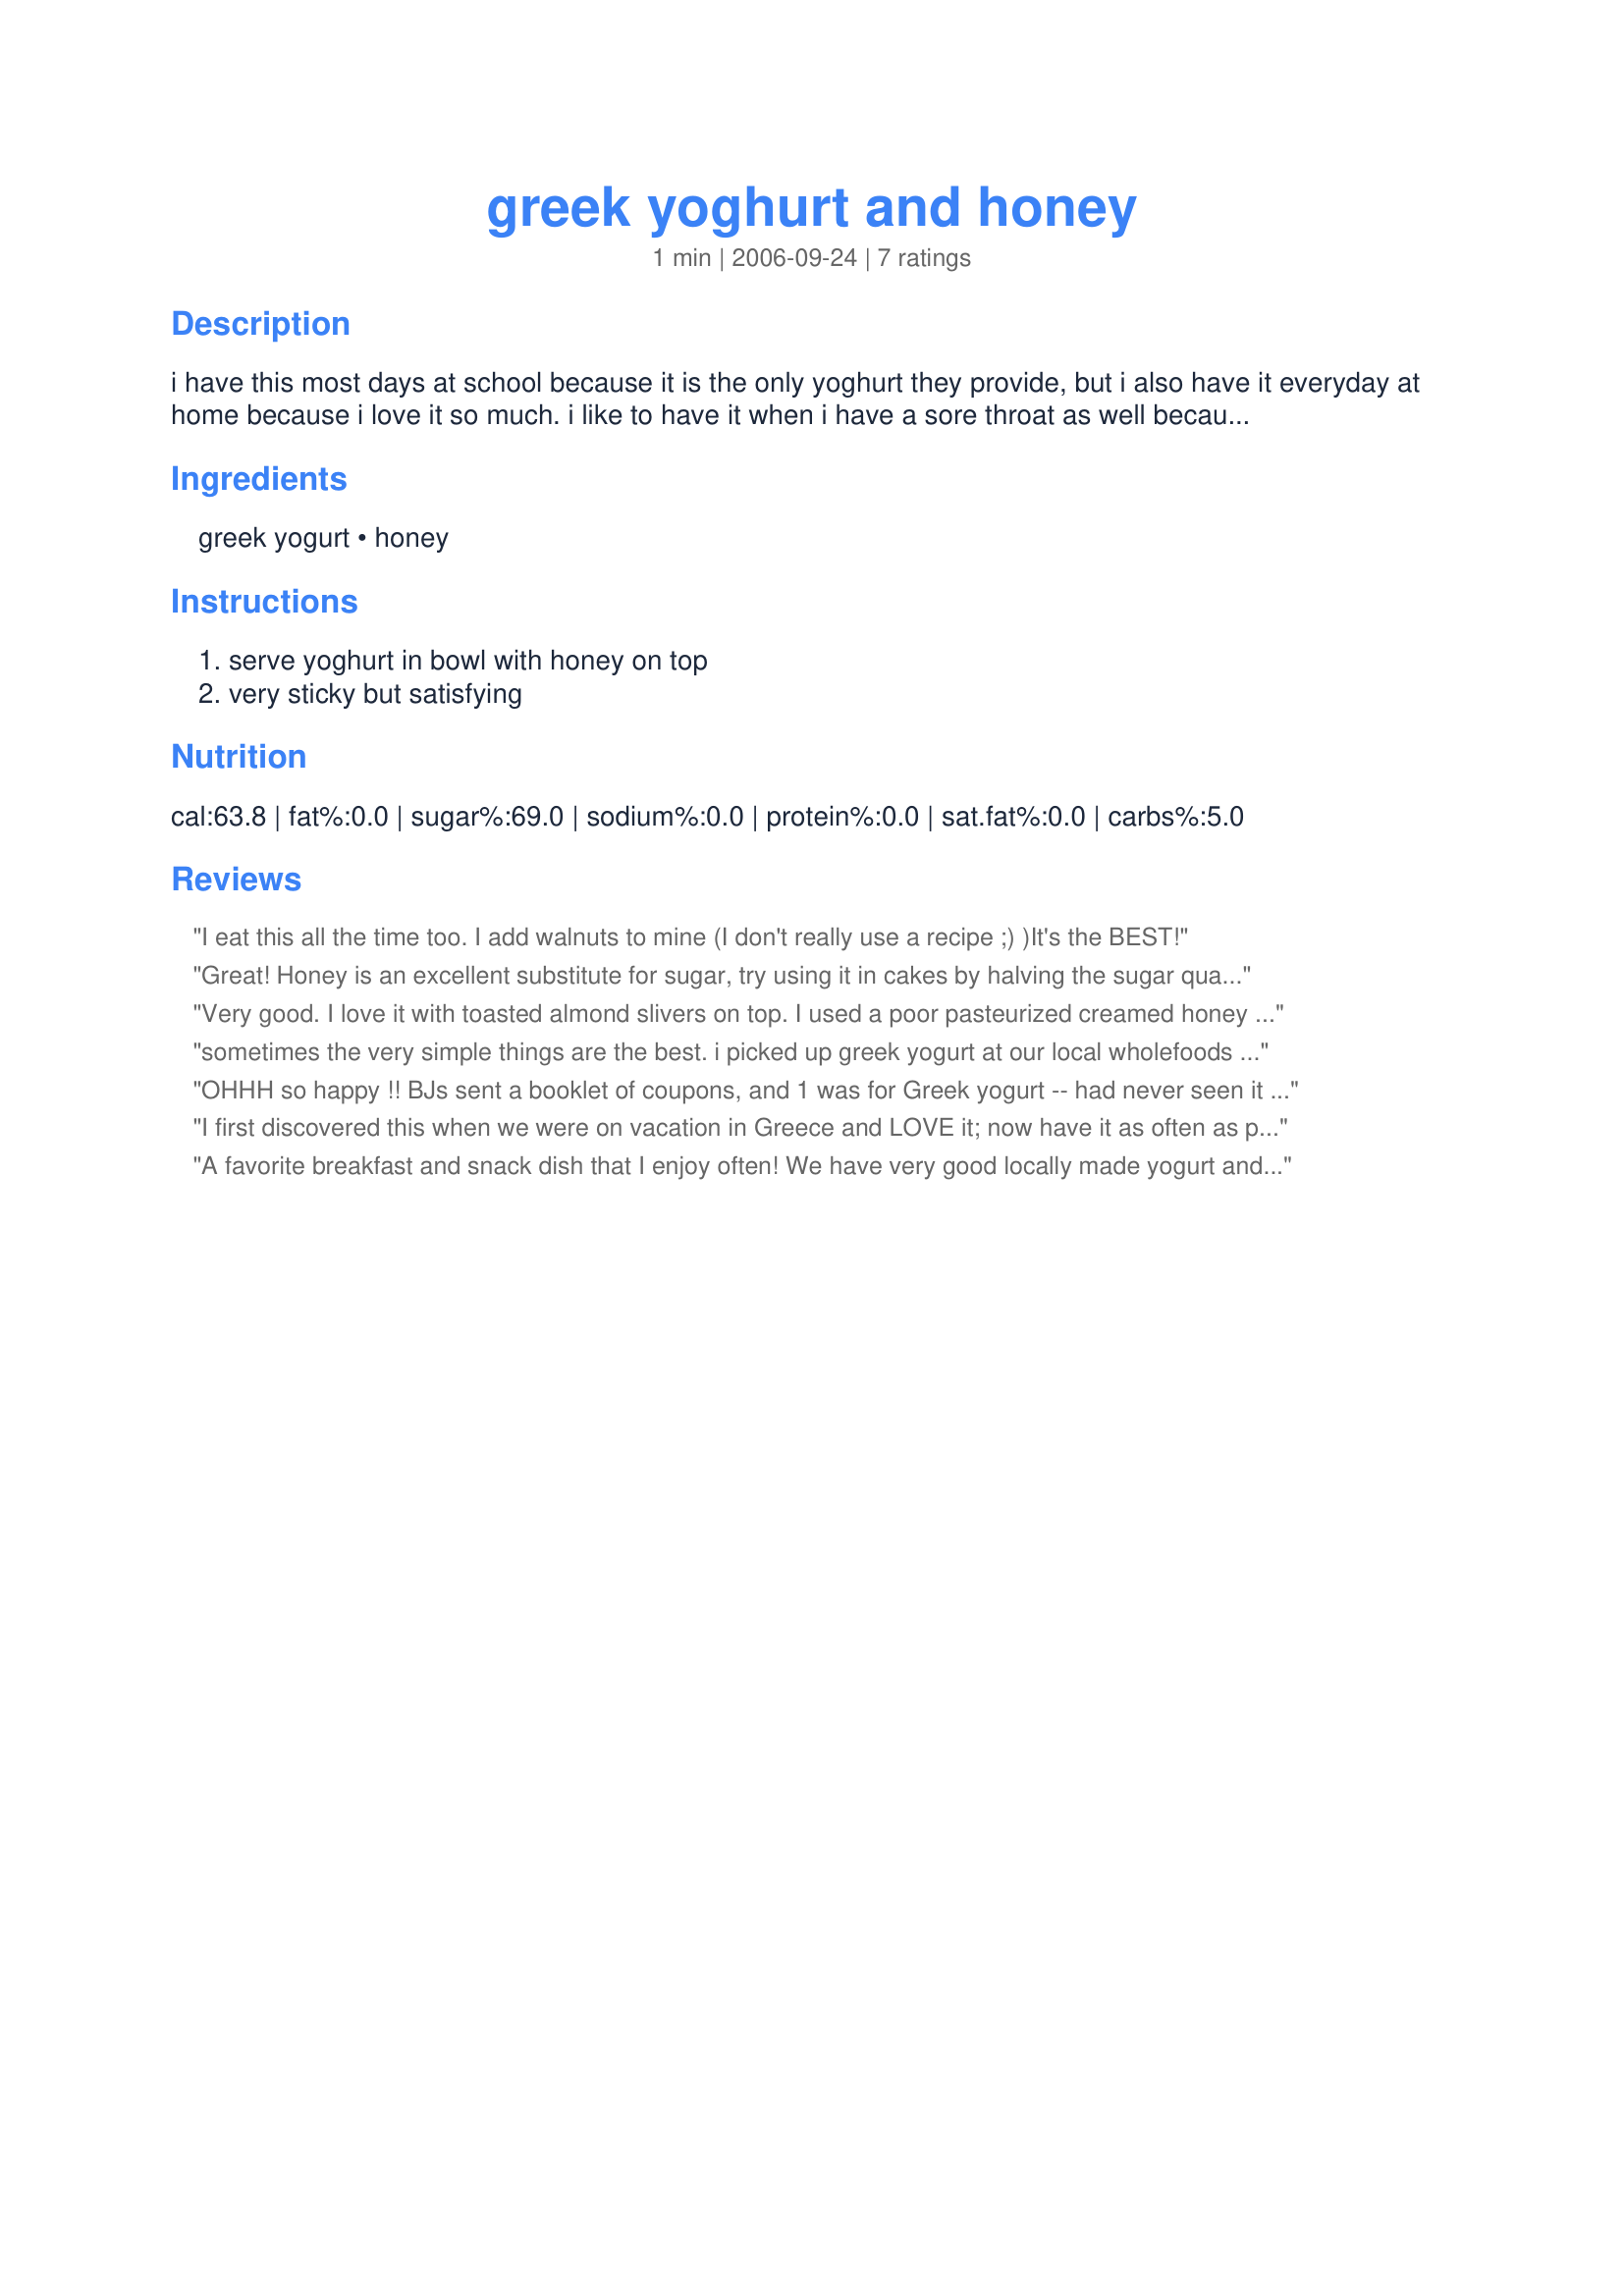
greek yoghurt and honey
Preparation time: 1 minutes

i have this most days at school because it is the only yoghurt they provide, but i also have it everyday at home because i love it so much. i like to have it when i have a sore throat as well because it is the best medicine!!!

Ingredients:
greek yogurt, honey

Steps:
serve yoghurt in bowl with honey on top, very sticky but satisfying

Reviews:
I eat this all the time too. I add walnuts to mine (I don't really use a recipe ;) )It's the BEST!
Great!
Honey is an excellent substitute for sugar, try using it in cakes by halving the sugar quantity as stated in the recipe. Use half sugar, and half honey! 
(e.g- 2 cups of sugar will equal to
 1 cup sugar
 1 cup honey)
FACT: HONEY is the only food in the whole world that does not perish, or have a use by date, it lasts forever!
Very good. I love it with toasted almond slivers on top. I used a poor pasteurized creamed honey which I heated to thin and drizzled over top, all to taste not measure. I would make this again with nuts.
sometimes the very simple things are the best. i picked up greek yogurt at our local wholefoods market and the honey makes it just so much better; even though it is quite good alone. very good, quick and healthy snack that even my 3 yr old daughter loved. thansk!
OHHH so happy !! BJs sent a booklet of coupons, and 1 was for Greek yogurt -- had never seen it there ! When we went on a motorized sailboat tour of the Greek Island, we discovered this -- and probably had 3 cups every day. Now I have a mission to find dark Greek honey -- but so tasty even with what was here. I researched for ingredient of Greek yogurt, and saved LOTS of recipes. Think I will go fix one of these, now ! Thanks for posting, Pixie.
I first discovered this when we were on vacation in Greece and LOVE it; now have it as often as possible with walnuts on top. Since I have trouble finding Greek Yogurt at times - (darn it) I sometimes have to drain regular plain yogurt for 4-6 hours to get that nice thick consistancy. Thanks for posting, it's a winner.
A favorite breakfast and snack dish that I enjoy often! We have very good locally made yogurt and to "Greekify" it I take plain yogurt and drain for several hours. I also use local honey from blackberry to lavender, etc. Sometimes I add a very light sprinkle of cardamom or a sprinkle of toasted walnuts or almonds. Thanks for posting!
